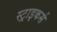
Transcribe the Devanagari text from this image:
स्‍ट्राइकर्स